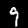
Label: 9